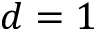
d = 1